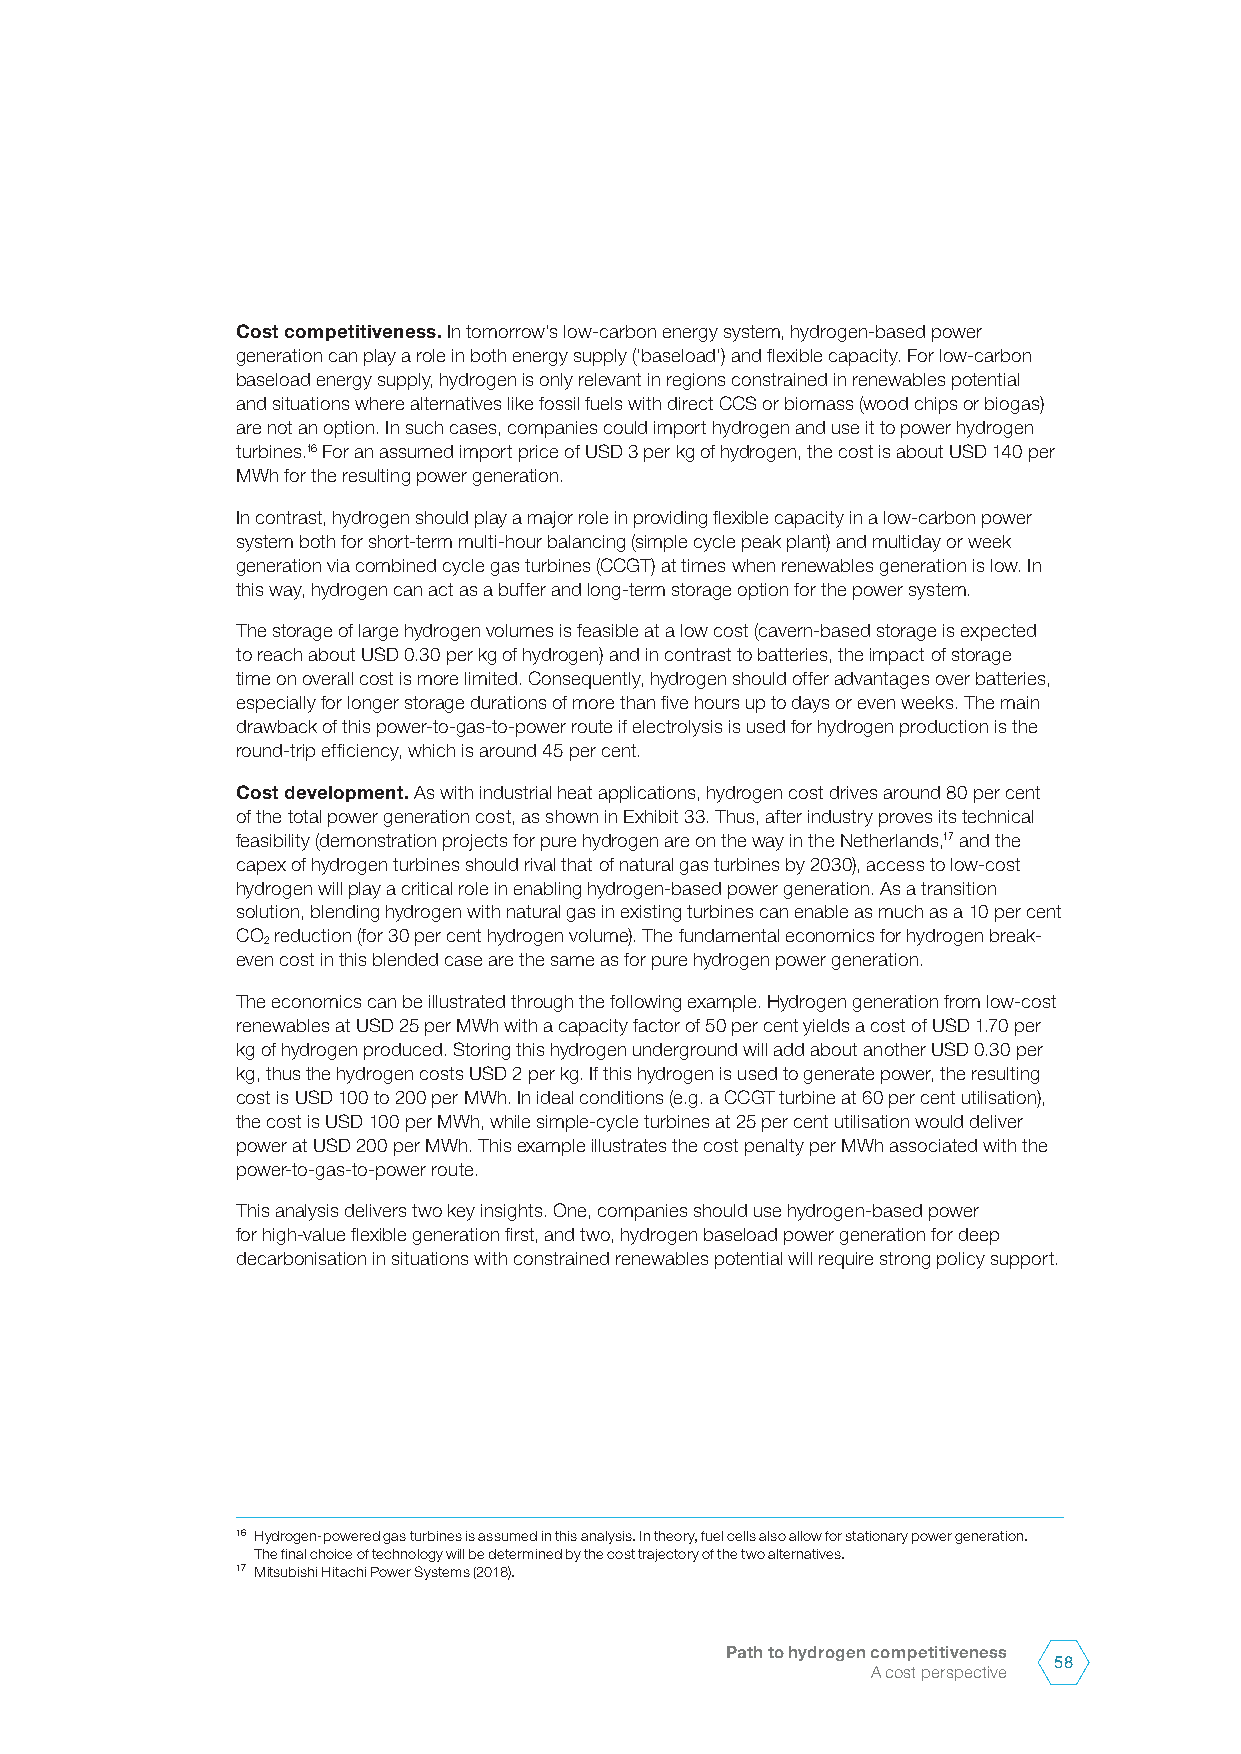
Cost competitiveness. In tomorrow’s low-carbon energy system, hydrogen-based power
 generation can play a role in both energy supply (‘baseload’) and flexible capacity. For low-carbon
 baseload energy supply, hydrogen is only relevant in regions constrained in renewables potential
 and situations where alternatives like fossil fuels with direct CCS or biomass (wood chips or biogas)
 are not an option. In such cases, companies could import hydrogen and use it to power hydrogen
 turbines.16 For an assumed import price of USD 3 per kg of hydrogen, the cost is about USD 140 per
 MWh for the resulting power generation.
 In contrast, hydrogen should play a major role in providing flexible capacity in a low-carbon power
 system both for short-term multi-hour balancing (simple cycle peak plant) and multiday or week
 generation via combined cycle gas turbines (CCGT) at times when renewables generation is low. In
 this way, hydrogen can act as a buffer and long-term storage option for the power system.
 The storage of large hydrogen volumes is feasible at a low cost (cavern-based storage is expected
 to reach about USD 0.30 per kg of hydrogen) and in contrast to batteries, the impact of storage
 time on overall cost is more limited. Consequently, hydrogen should offer advantages over batteries,
 especially for longer storage durations of more than five hours up to days or even weeks. The main
 drawback of this power-to-gas-to-power route if electrolysis is used for hydrogen production is the
 round-trip efficiency, which is around 45 per cent.
 Cost development. As with industrial heat applications, hydrogen cost drives around 80 per cent
 of the total power generation cost, as shown in Exhibit 33. Thus, after industry proves its technical
 feasibility (demonstration projects for pure hydrogen are on the way in the Netherlands,17 and the
 capex of hydrogen turbines should rival that of natural gas turbines by 2030), access to low-cost
 hydrogen will play a critical role in enabling hydrogen-based power generation. As a transition
 solution, blending hydrogen with natural gas in existing turbines can enable as much as a 10 per cent
 CO reduction (for 30 per cent hydrogen volume). The fundamental economics for hydrogen break-
 2
 even cost in this blended case are the same as for pure hydrogen power generation.
 The economics can be illustrated through the following example. Hydrogen generation from low-cost
 renewables at USD 25 per MWh with a capacity factor of 50 per cent yields a cost of USD 1.70 per
 kg of hydrogen produced. Storing this hydrogen underground will add about another USD 0.30 per
 kg, thus the hydrogen costs USD 2 per kg. If this hydrogen is used to generate power, the resulting
 cost is USD 100 to 200 per MWh. In ideal conditions (e.g. a CCGT turbine at 60 per cent utilisation),
 the cost is USD 100 per MWh, while simple-cycle turbines at 25 per cent utilisation would deliver
 power at USD 200 per MWh. This example illustrates the cost penalty per MWh associated with the
 power-to-gas-to-power route.
 This analysis delivers two key insights. One, companies should use hydrogen-based power
 for high-value flexible generation first, and two, hydrogen baseload power generation for deep
 decarbonisation in situations with constrained renewables potential will require strong policy support.
 16 Hydrogen-powered gas turbines is assumed in this analysis. In theory, fuel cells also allow for stationary power generation.
 The final choice of technology will be determined by the cost trajectory of the two alternatives.
 17 Mitsubishi Hitachi Power Systems (2018).
 Path to hydrogen competitiveness
 58
 A cost perspective